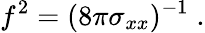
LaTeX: f^{2}=(8\pi\sigma_{xx})^{-1}\; .